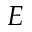
E